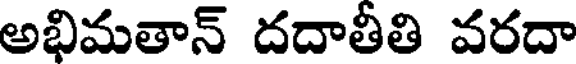
అభిమతాన్ దదాతీతి వరదా